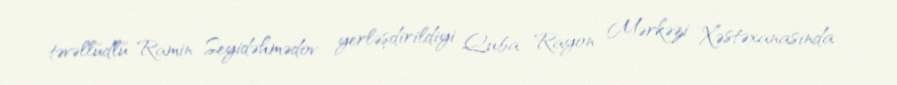
təvəllüdlü Ramin Seyidəhmədov yerləşdirildiyi Quba Rayon Mərkəzi Xəstəxanasında